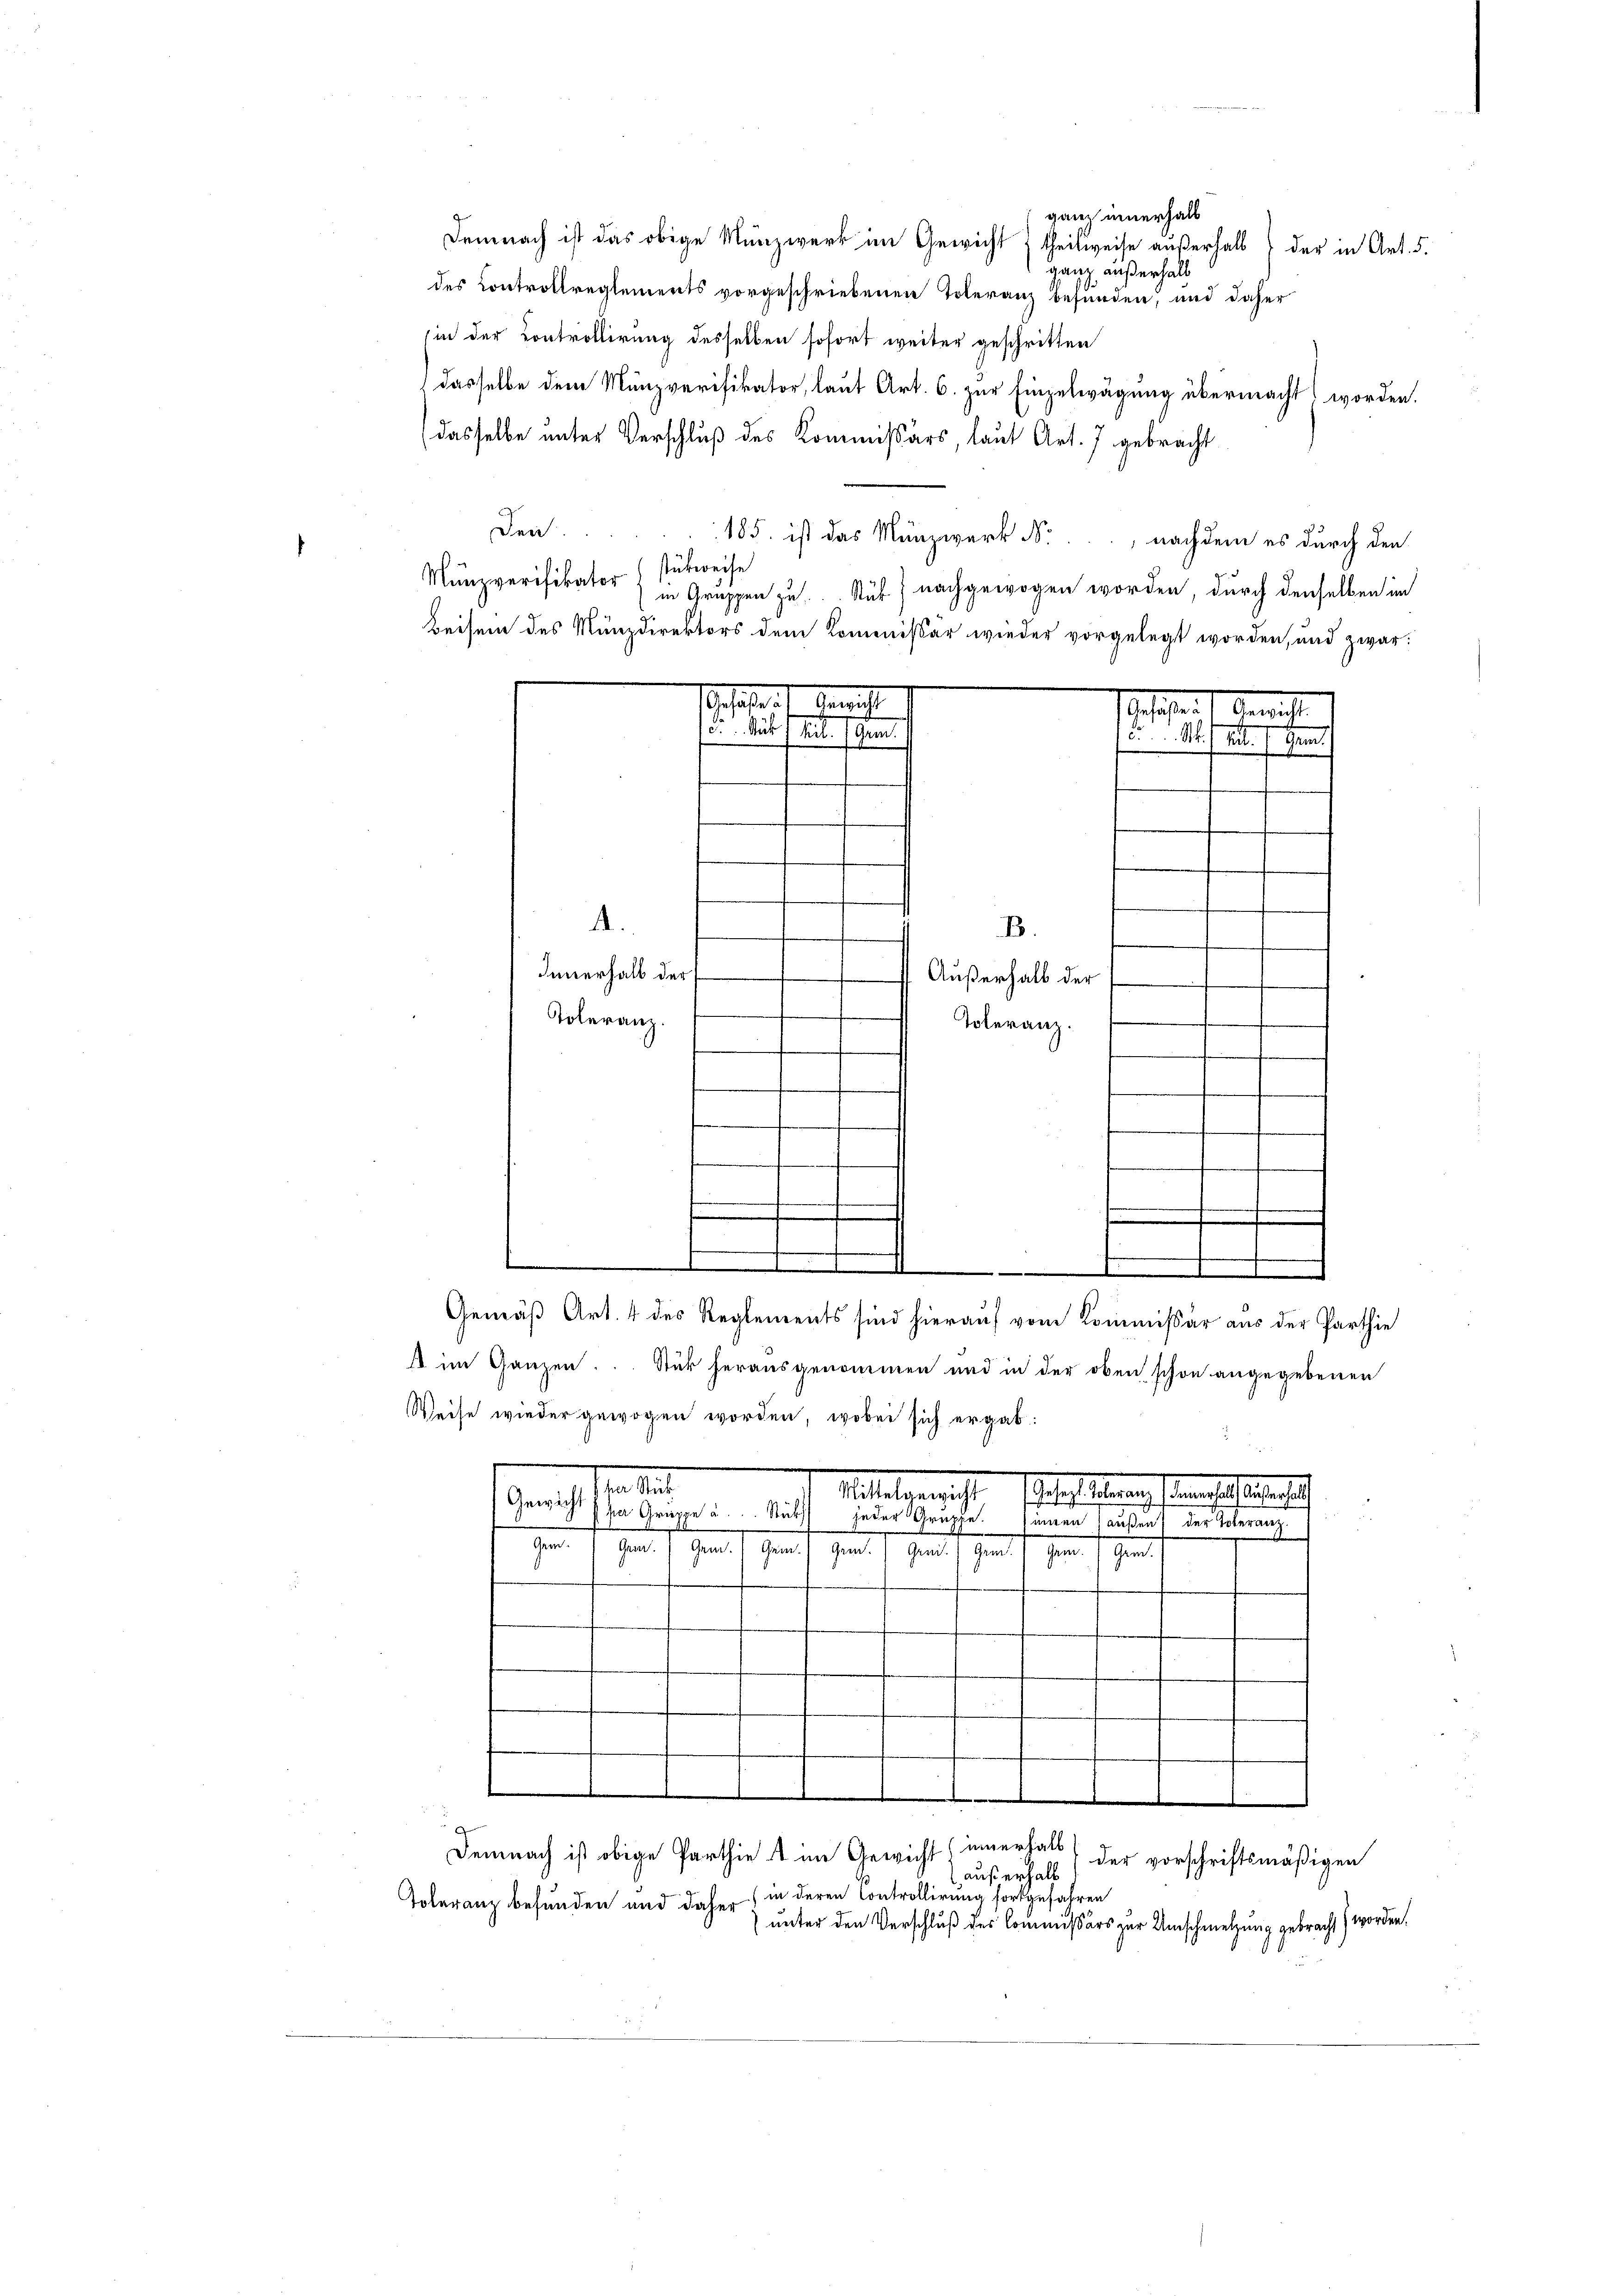
der in Art. 5.
ganz außerhalt

ganz innerhalb

Demnach ist das obige Münzwerk im Gewicht theilweise außerhalb

des Controllreglements vorgeschriebenen Toleranz befunden, und daher
sin der Controllirung desselben sofort weiter geschritten
dasselbe dem Münzverifikator, laut Art. 6. zur Einzelwägung übermacht worden.
dasselbe unter Verschluß des Kommissärs, laut Art. 7 gebracht
Dei
185. ist das Münzwerk N., nachdem es durch den
stückweise
Munzverifikator
in Gruppen zu. Ruf nachgewogen worden, durch denselben im
Beisein des Münzdirektors dem Kommissär wieder vorgelegt worden, und zwar:
Gefahre

A
B.
Innerhalb der
 Außerhalb der
Toleranz.
Toleranz.
.
.
f
m
e

Gemäß Art. 4 des Reglements sind hierauf vom Kommissär aus der Parthie
s im Ganzen. Stück herausgenommen und in der oben schon angegebenen
Weise wieder gewogen worden, wobei sich ergab:
sten de
Militansch
etatisierung demselbigerlich
Gewicht
 per Gruppe u. Stücks
jeder Gruppe.
inen Haus auf der Veranz
Han fr. Ges. v. Gemein Gerich gener h. Genf genen d. gene so gerad
1

besaßen u. Antracht
 . Stift beiden E. Geme

.

Demnach ist obige Parthie ist im Gewicht innerhalb
Toleranz befunden und daher in deren Controllirung fortgefahren

) unter den Verschluß des Commissärs zur Umschmelzung gebracht worden.

der vorschriftsmäßigen
auß erhalb